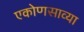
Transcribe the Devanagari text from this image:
एकोणसाव्या